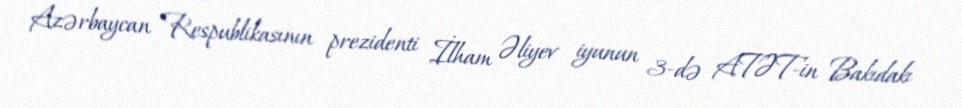
Azərbaycan Respublikasının prezidenti İlham Əliyev iyunun 3-də ATƏT-in Bakıdakı